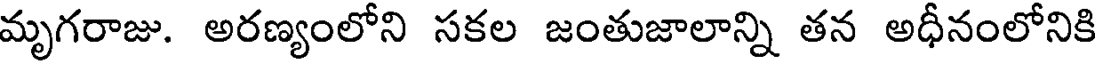
మృగరాజు. అరణ్యంలోని సకల జంతుజాలాన్ని తన అధీనంలోనికి